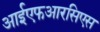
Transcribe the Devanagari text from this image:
आईएफआरसिएस